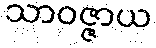
သာဝဇ္ဇာယ